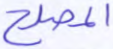
المصلح